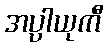
အပ္ပါယုကီ